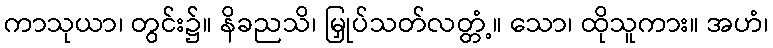
ကာသုယာ၊ တွင်း၌။ နိခညသိ၊ မြှုပ်သတ်လတ္တံ့။ သော၊ ထိုသူကား။ အဟံ၊